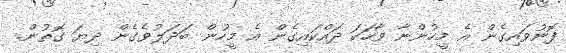
ފޮނުވައިގެން އެ މީހުންނާ ވާހަކަ ދައްކައިގެން އެ މީހުން ބަދަލުވެގެން ދިޔަ ގޮތުން.